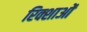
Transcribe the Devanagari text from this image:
रिक्शाओं